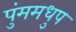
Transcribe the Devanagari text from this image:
पुंममधुप